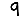
Digit: 9